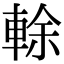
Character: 𨌎